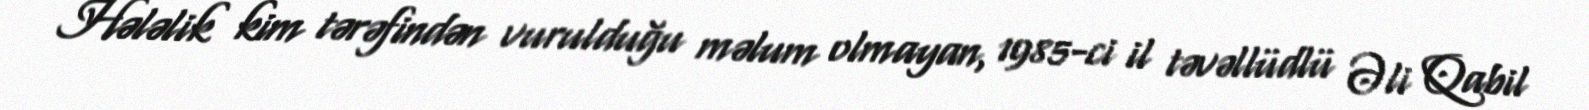
Hələlik kim tərəfindən vurulduğu məlum olmayan, 1985-ci il təvəllüdlü Əli Qabil